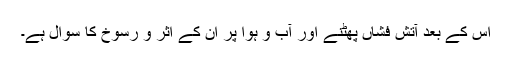
اس کے بعد آتش فشاں پھٹنے اور آب و ہوا پر ان کے اثر و رسوخ کا سوال ہے۔